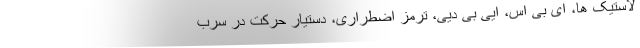
لاستیک ها، ای بی اس، ایی بی دیی، ترمز اضطراری، دستیار حرکت در سرب